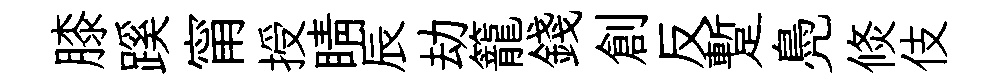
膝蹊甯授睛辰劫籠錢創反蹔鳧倐伎